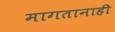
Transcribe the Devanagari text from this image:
मागतानाही